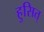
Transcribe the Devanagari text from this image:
हुसित्